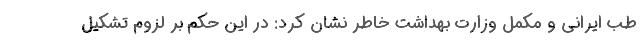
طب ایرانی و مکمل وزارت بهداشت خاطر نشان کرد: در این حکم بر لزوم تشکیل